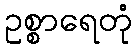
ဥစ္စာရေတုံ